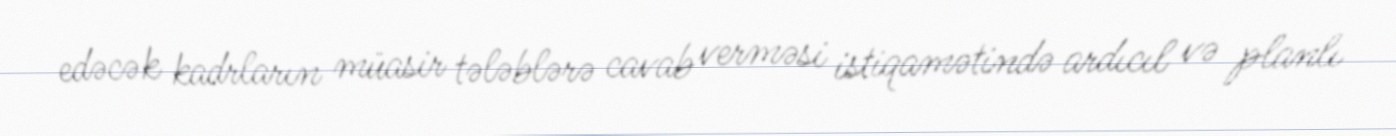
edəcək kadrların müasir tələblərə cavab verməsi istiqamətində ardıcıl və planlı